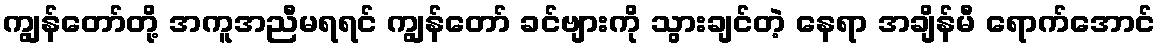
ကျွန်တော်တို့ အကူအညီမရရင် ကျွန်တော် ခင်ဗျားကို သွားချင်တဲ့ နေရာ အချိန်မီ ရောက်အောင်